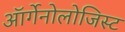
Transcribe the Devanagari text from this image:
ऑर्गेनोलोजिस्ट